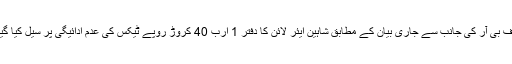
ایف بی آر کی جانب سے جاری بیان کے مطابق شاہین ایئر لائن کا دفتر 1 ارب 40 کروڑ روپے ٹیکس کی عدم ادائیگی پر سیل کیا گیا۔